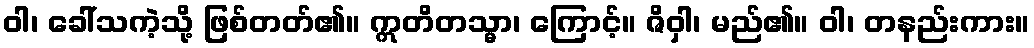
ဝါ၊ ခေါ်သကဲ့သို့ ဖြစ်တတ်၏။ ဣတိတသ္မာ၊ ကြောင့်။ ဇိဝှါ၊ မည်၏။ ဝါ၊ တနည်းကား။